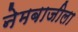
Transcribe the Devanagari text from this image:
नेमबाजीला